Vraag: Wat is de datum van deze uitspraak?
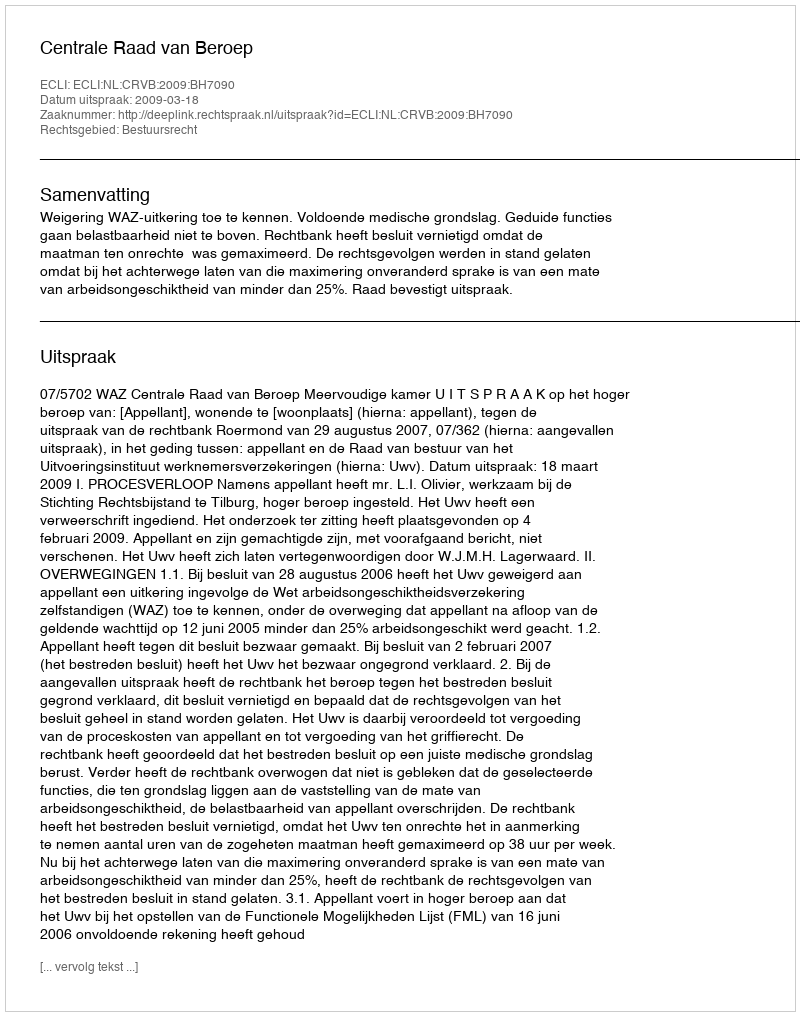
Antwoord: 2009-03-18